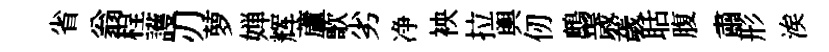
省翁程護刃萝婵辉蘆歌劣净䘧拉輿仞鷓歳薉聒腹肅形涘